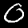
Digit: 0